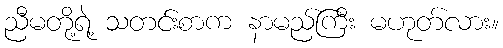
ညီမတို့ရဲ့ သတင်းစာက နာမည်ကြီး မဟုတ်လား။